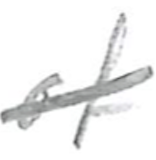
Text: of
Cross-out: diagonal
Writing tool: pencil